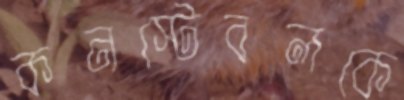
কনস্টেবলকে